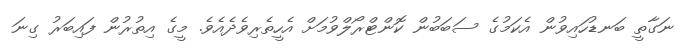
ނަގާތީ ބަނޑުހައިވުން އެކަމުގެ ސަބަބުން ކޮންޓްރޯލްވުމަށް އެހީތެރިވެދެއެވެ. މީގެ އިތުރުން ފައިބަރު ގިނަ